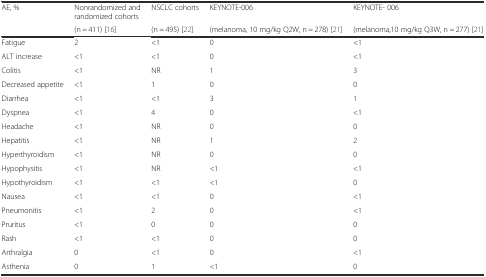
<table><thead><tr><td rowspan="2"><b>AE, %</b></td><td><b>Nonrandomized and randomized cohorts</b></td><td><b>NSCLC cohorts</b></td><td><b>KEYNOTE-006</b></td><td><b>KEYNOTE- 006</b></td></tr><tr><td><b>(n = 411) [16]</b></td><td><b>(n = 495) [22]</b></td><td><b>(melanoma, 10 mg/kg Q2W, n = 278) [21]</b></td><td><b>(melanoma,10 mg/kg Q3W, n = 277) [21]</b></td></tr></thead><tbody><tr><td>Fatigue</td><td>2</td><td>&lt;1</td><td>0</td><td>&lt;1</td></tr><tr><td>ALT increase</td><td>&lt;1</td><td>&lt;1</td><td>0</td><td>&lt;1</td></tr><tr><td>Colitis</td><td>&lt;1</td><td>NR</td><td>1</td><td>3</td></tr><tr><td>Decreased appetite</td><td>&lt;1</td><td>1</td><td>0</td><td>0</td></tr><tr><td>Diarrhea</td><td>&lt;1</td><td>&lt;1</td><td>3</td><td>1</td></tr><tr><td>Dyspnea</td><td>&lt;1</td><td>4</td><td>0</td><td>&lt;1</td></tr><tr><td>Headache</td><td>&lt;1</td><td>NR</td><td>0</td><td>0</td></tr><tr><td>Hepatitis</td><td>&lt;1</td><td>NR</td><td>1</td><td>2</td></tr><tr><td>Hyperthyroidism</td><td>&lt;1</td><td>NR</td><td>0</td><td>0</td></tr><tr><td>Hypophysitis</td><td>&lt;1</td><td>NR</td><td>&lt;1</td><td>&lt;1</td></tr><tr><td>Hypothyroidism</td><td>&lt;1</td><td>&lt;1</td><td>&lt;1</td><td>0</td></tr><tr><td>Nausea</td><td>&lt;1</td><td>&lt;1</td><td>0</td><td>&lt;1</td></tr><tr><td>Pneumonitis</td><td>&lt;1</td><td>2</td><td>0</td><td>&lt;1</td></tr><tr><td>Pruritus</td><td>&lt;1</td><td>0</td><td>0</td><td>0</td></tr><tr><td>Rash</td><td>&lt;1</td><td>&lt;1</td><td>0</td><td>0</td></tr><tr><td>Arthralgia</td><td>0</td><td>&lt;1</td><td>0</td><td>&lt;1</td></tr><tr><td>Asthenia</td><td>0</td><td>1</td><td>&lt;1</td><td>0</td></tr></tbody></table>